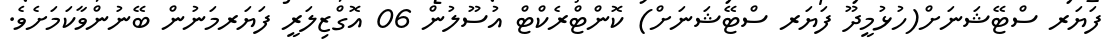
ފަޔަރ ސްޓޭޝަނަށް(ހުޅުމީދޫ ފަޔަރ ސްޓޭޝަނަށް) ކޮންޓްރެކްޓް އުސޫލުން 06 އޮގްޒިލަރީ ފަޔަރމަނުން ބޭނުންވާކަމަށެވެ.